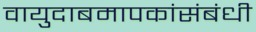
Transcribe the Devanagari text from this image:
वायुदाबमापकांसंबंधी